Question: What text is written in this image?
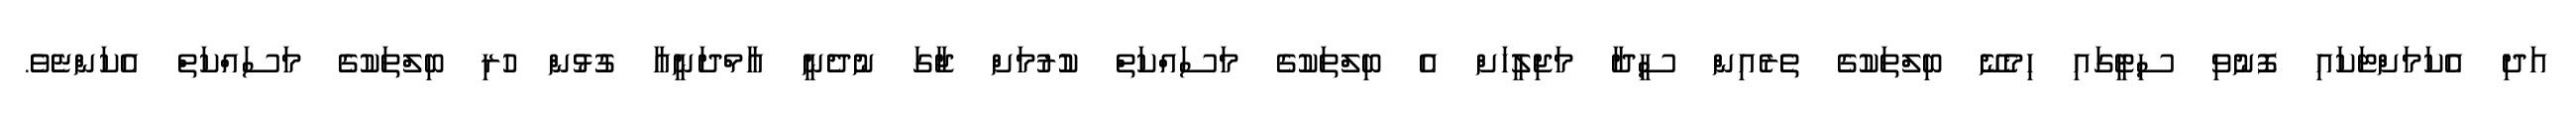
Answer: އަދި އެކަމަށްޓަކައި ފޮނުވި ސިޓީގައި ހިމެނޭ ބިލްތަކުގެ ތެރެއިން ސީދާ މަޖިލީހަށް އެ ބިލްތަކުގެ މަސައްކަތް ކުުރުމަށް ޖާގަ ނުދެނީ އާމްދަނީއާ ގުޅުން ހުރި ބިލްތަކުގެ މަސައްކަތް އެކަންޏެވެ.